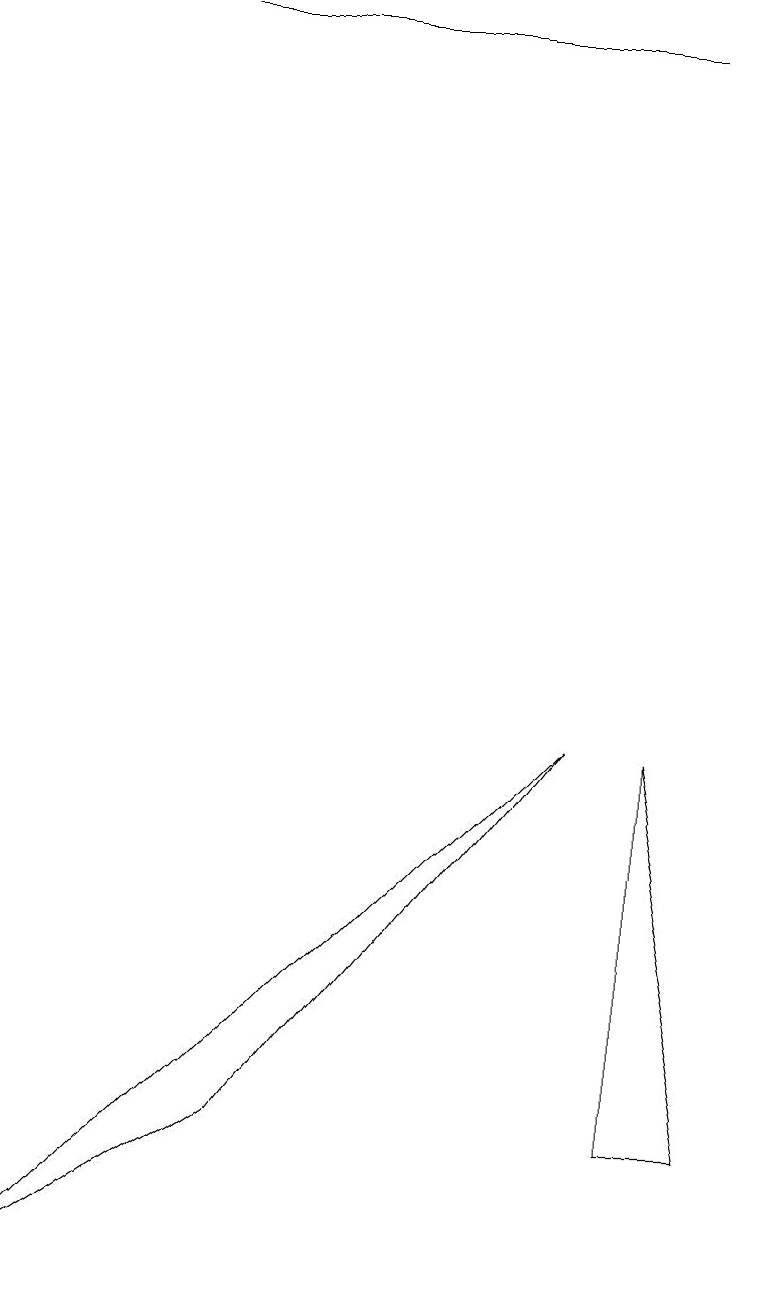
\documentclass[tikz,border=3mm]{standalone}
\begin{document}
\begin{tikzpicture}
\draw (8,17) rectangle (2,17);
\draw (8,8) -- (8,3) -- (9,3) -- cycle;
\draw (0,1) -- (7,8) -- (3,3) -- cycle;
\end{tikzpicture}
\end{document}